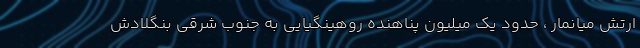
ارتش میانمار ، حدود یک میلیون پناهنده روهینگیایی به جنوب شرقی بنگلادش